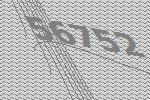
56752